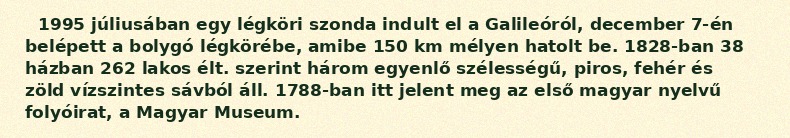
1995 júliusában egy légköri szonda indult el a Galileóról, december 7-én belépett a bolygó légkörébe, amibe 150 km mélyen hatolt be. 1828-ban 38 házban 262 lakos élt. szerint három egyenlő szélességű, piros, fehér és zöld vízszintes sávból áll. 1788-ban itt jelent meg az első magyar nyelvű folyóirat, a Magyar Museum.